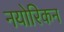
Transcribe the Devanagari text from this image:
नयोरिकन